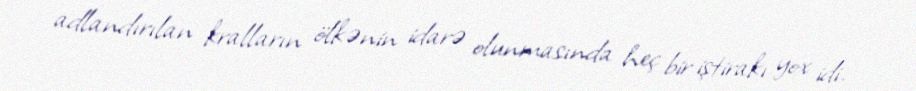
adlandırılan kralların ölkənin idarə olunmasında heç bir iştirakı yox idi.